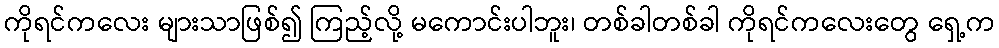
ကိုရင်ကလေး များသာဖြစ်၍ ကြည့်လို့ မကောင်းပါဘူး၊ တစ်ခါတစ်ခါ ကိုရင်ကလေးတွေ ရှေ့က